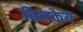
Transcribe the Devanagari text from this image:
बिलकेय